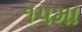
૧૫મા